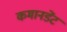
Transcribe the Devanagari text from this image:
कमानडेंट